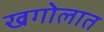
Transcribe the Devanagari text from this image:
खगोलात